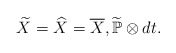
\begin{align*}\widetilde{X} = \widehat{X} = \overline{X} , \widetilde{\mathbb{P}}\otimes dt .\end{align*}